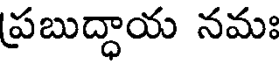
ప్రబుద్ధాయ నమః